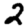
Digit: 2